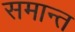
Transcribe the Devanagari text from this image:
समान्त